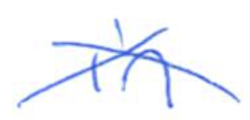
Text: in
Cross-out: mix
Writing tool: ballpoint